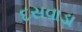
દસવાડા